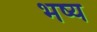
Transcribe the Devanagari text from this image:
भष्य